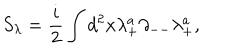
LaTeX: S _ { \lambda } = { \frac { i } { 2 } } \int d ^ { 2 } x \lambda _ { + } ^ { a } \partial _ { -- } \lambda _ { + } ^ { a } ,